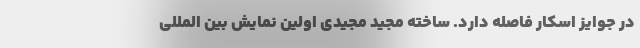
در جوایز اسکار فاصله دارد. ساخته مجید مجیدی اولین نمایش بین المللی